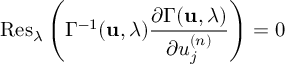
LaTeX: \mathrm { R e s } _ { \lambda } \left( \Gamma ^ { - 1 } ( { \bf u } , \lambda ) \frac { \partial \Gamma ( { \bf u } , \lambda ) } { \partial u _ { j } ^ { ( n ) } } \right) = 0